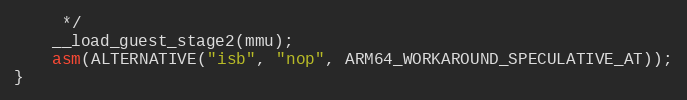
Language: C
	 */
	__load_guest_stage2(mmu);
	asm(ALTERNATIVE("isb", "nop", ARM64_WORKAROUND_SPECULATIVE_AT));
}